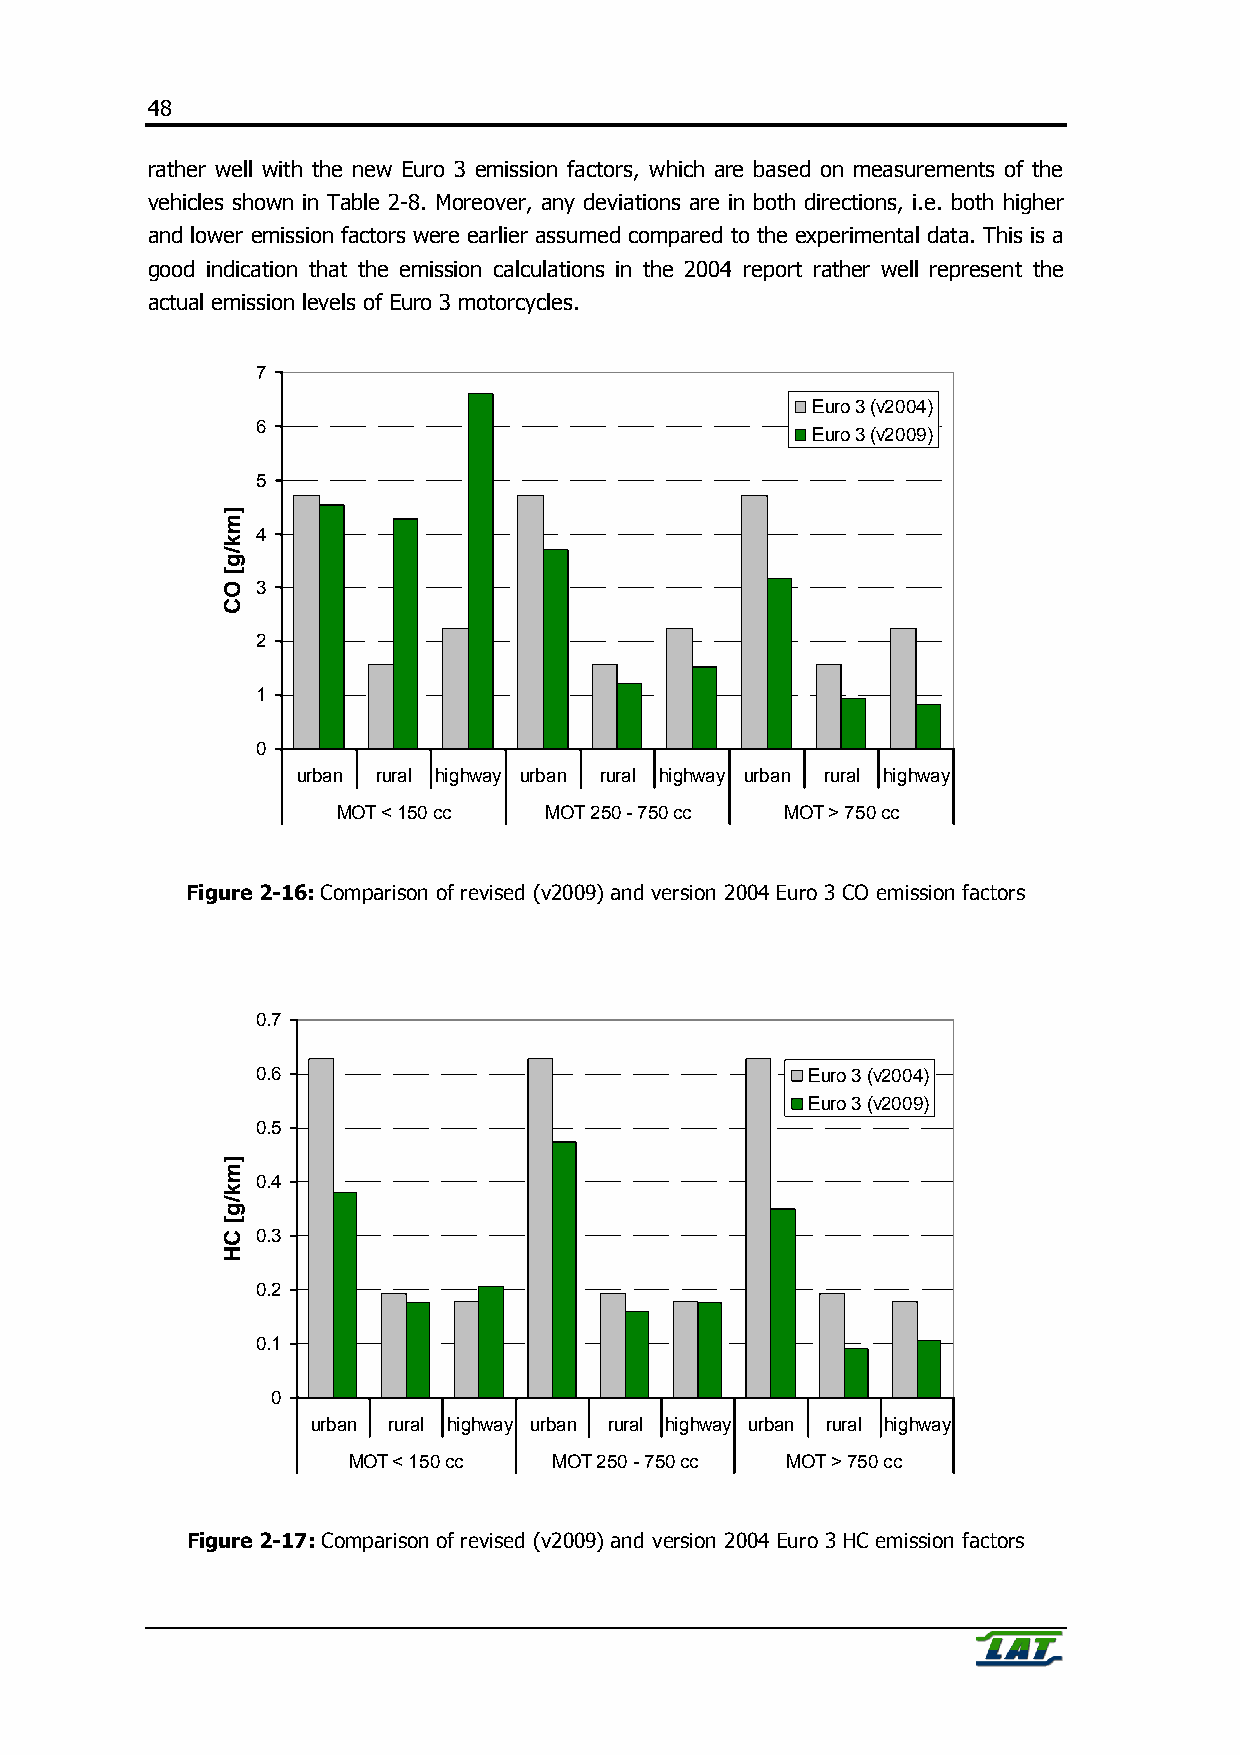
48
 rather well with the new Euro 3 emission factors, which are based on measurements of the
 vehicles shown in Table 2-8. Moreover, any deviations are in both directions, i.e. both higher
 and lower emission factors were earlier assumed compared to the experimental data. This is a
 good indication that the emission calculations in the 2004 report rather well represent the
 actual emission levels of Euro 3 motorcycles.
 7
 Euro 3 (v2004)
 6
 Euro 3 (v2009)
 5
 4
 3
 2
 1
 0
 urban rural highway urban rural highway urban rural highway
 MOT < 150 cc  MOT 250 - 750 cc MOT > 750 cc
 Figure 2-16: Comparison of revised (v2009) and version 2004 Euro 3 CO emission factors
 0.7
 0.6                                 Euro 3 (v2004)
 Euro 3 (v2009)
 0.5
 0.4
 0.3
 0.2
 0.1
 0
 urban rural highway urban rural highway urban rural highway
 MOT < 150 cc  MOT 250 - 750 cc MOT > 750 cc
 Figure 2-17: Comparison of revised (v2009) and version 2004 Euro 3 HC emission factors
 ]mk/g[
 OC
 ]mk/g[
 CH